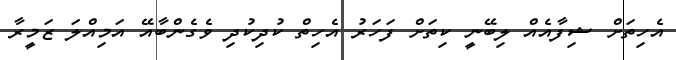
އެހިތަށް ޝިފާއެއް ލިބޭނީ ކިތަށް ފަހަރު އެހިތް ކުދިކުދި ވެގެންބާއޭ އަމިއްލަ ޒަމީރާ